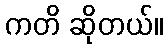
ကတိ ဆိုတယ်။